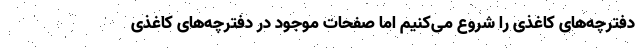
دفترچه‌های کاغذی را شروع می‌کنیم اما صفحات موجود در دفترچه‌های کاغذی